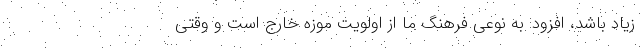
زیاد باشد، افزود: به نوعی فرهنگ ما از اولویت موزه خارج است و وقتی